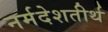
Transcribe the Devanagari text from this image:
नर्मदेशतीर्थ